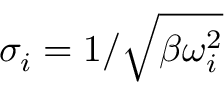
\sigma _ { i } = 1 / \sqrt { \beta \omega _ { i } ^ { 2 } }